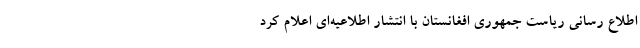
اطلاع رسانی ریاست جمهوری افغانستان با انتشار اطلاعیه‌ای اعلام کرد